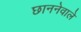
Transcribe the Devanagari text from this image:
छाननेवाले